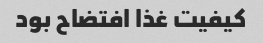
کیفیت غذا افتضاح بود